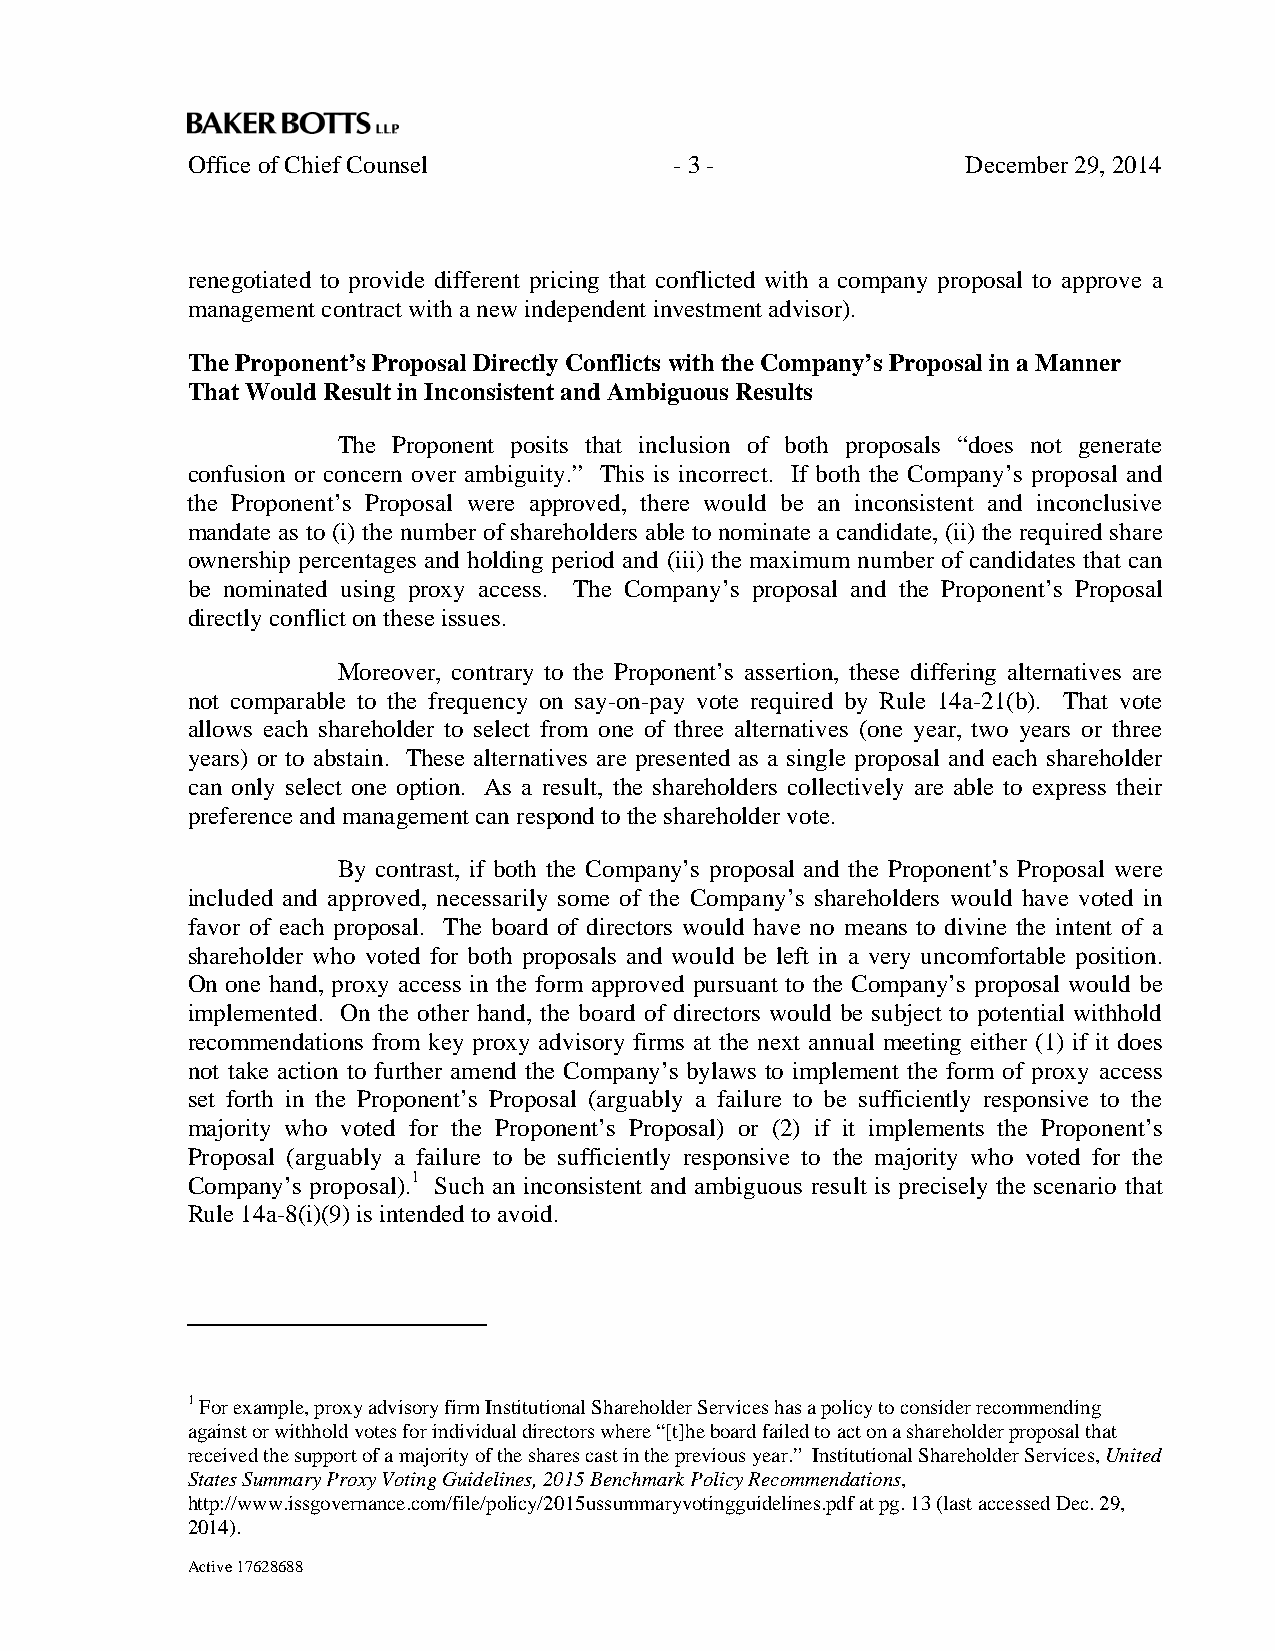
Office of Chief Counsel          - 3 -              December 29, 2014
 renegotiated to provide different pricing that conflicted with a company proposal to approve a
 management contract with a new independent investment advisor).
 The Proponent’s Proposal Directly Conflicts with the Company’s Proposal in a Manner
 That Would Result in Inconsistent and Ambiguous Results
 The Proponent posits that inclusion of both proposals “does not generate
 confusion or concern over ambiguity.” This is incorrect. If both the Company’s proposal and
 the Proponent’s Proposal were approved, there would be an inconsistent and inconclusive
 mandate as to (i) the number of shareholders able to nominate a candidate, (ii) the required share
 ownership percentages and holding period and (iii) the maximum number of candidates that can
 be nominated using proxy access. The Company’s proposal and the Proponent’s Proposal
 directly conflict on these issues.
 Moreover, contrary to the Proponent’s assertion, these differing alternatives are
 not comparable to the frequency on say-on-pay vote required by Rule 14a-21(b). That vote
 allows each shareholder to select from one of three alternatives (one year, two years or three
 years) or to abstain. These alternatives are presented as a single proposal and each shareholder
 can only select one option. As a result, the shareholders collectively are able to express their
 preference and management can respond to the shareholder vote.
 By contrast, if both the Company’s proposal and the Proponent’s Proposal were
 included and approved, necessarily some of the Company’s shareholders would have voted in
 favor of each proposal. The board of directors would have no means to divine the intent of a
 shareholder who voted for both proposals and would be left in a very uncomfortable position.
 On one hand, proxy access in the form approved pursuant to the Company’s proposal would be
 implemented. On the other hand, the board of directors would be subject to potential withhold
 recommendations from key proxy advisory firms at the next annual meeting either (1) if it does
 not take action to further amend the Company’s bylaws to implement the form of proxy access
 set forth in the Proponent’s Proposal (arguably a failure to be sufficiently responsive to the
 majority who voted for the Proponent’s Proposal) or (2) if it implements the Proponent’s
 Proposal (arguably a failure to be sufficiently responsive to the majority who voted for the
 Company’s proposal).1 Such an inconsistent and ambiguous result is precisely the scenario that
 Rule 14a-8(i)(9) is intended to avoid.
 1 For example, proxy advisory firm Institutional Shareholder Services has a policy to consider recommending
 against or withhold votes for individual directors where “[t]he board failed to act on a shareholder proposal that
 received the support of a majority of the shares cast in the previous year.” Institutional Shareholder Services, United
 States Summary Proxy Voting Guidelines, 2015 Benchmark Policy Recommendations,
 http://www.issgovernance.com/file/policy/2015ussummaryvotingguidelines.pdf at pg. 13 (last accessed Dec. 29,
 2014).
 Active 17628688